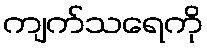
ကျက်သရေကို